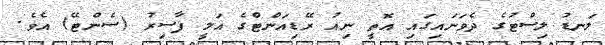
ލަނޑު ލިސްޓުގެ ދެވަނައިގައި އޮތީ ނިއު ރޭޑިއަންޓްގެ އަލީ ފާސިރު (ސެންޓޭ) އެވެ.